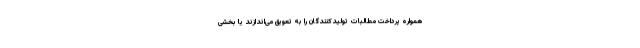
همواره پرداخت مطالبات تولیدکنندگان را به تعویق می‌اندازند یا بخشی